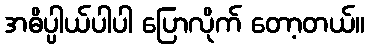
အဓိပ္ပါယ်ပါပါ ပြောလိုက် တော့တယ်။